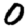
Digit: 0